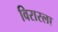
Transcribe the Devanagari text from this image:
विरारला